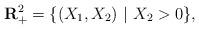
LaTeX: \begin{align*}{\bf R}_+^2=\{(X_1,X_2) \ | \ X_2>0\}, \end{align*}